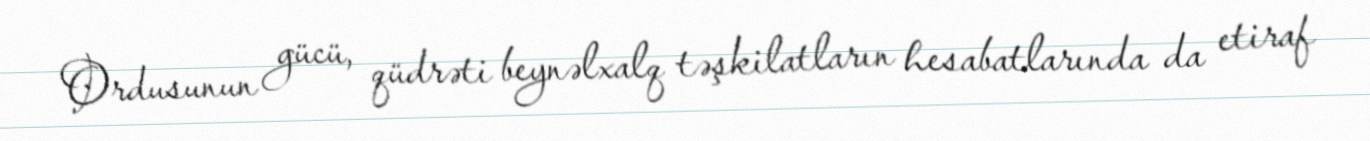
Ordusunun gücü, qüdrəti beynəlxalq təşkilatların hesabatlarında da etiraf